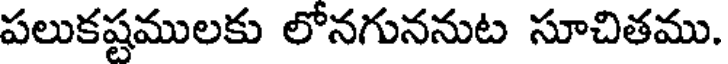
పలుకష్టములకు లోనగుననుట సూచితము.